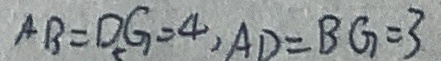
A B = D . G = 4 , A D = B G = 3